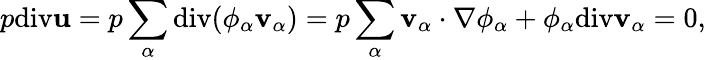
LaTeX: \begin{array}{r}{p\mathrm{div}\mathbf{u}=p\displaystyle\sum_{\alpha}\mathrm{div}(\phi_{\alpha}\mathbf{v}_{\alpha})=p\displaystyle\sum_{\alpha}\mathbf{v}_{\alpha}\cdot\nabla\phi_{\alpha}+\phi_{\alpha}\mathrm{div}\mathbf{v}_{\alpha}=0,}\end{array}